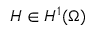
H \in H ^ { 1 } ( \Omega )